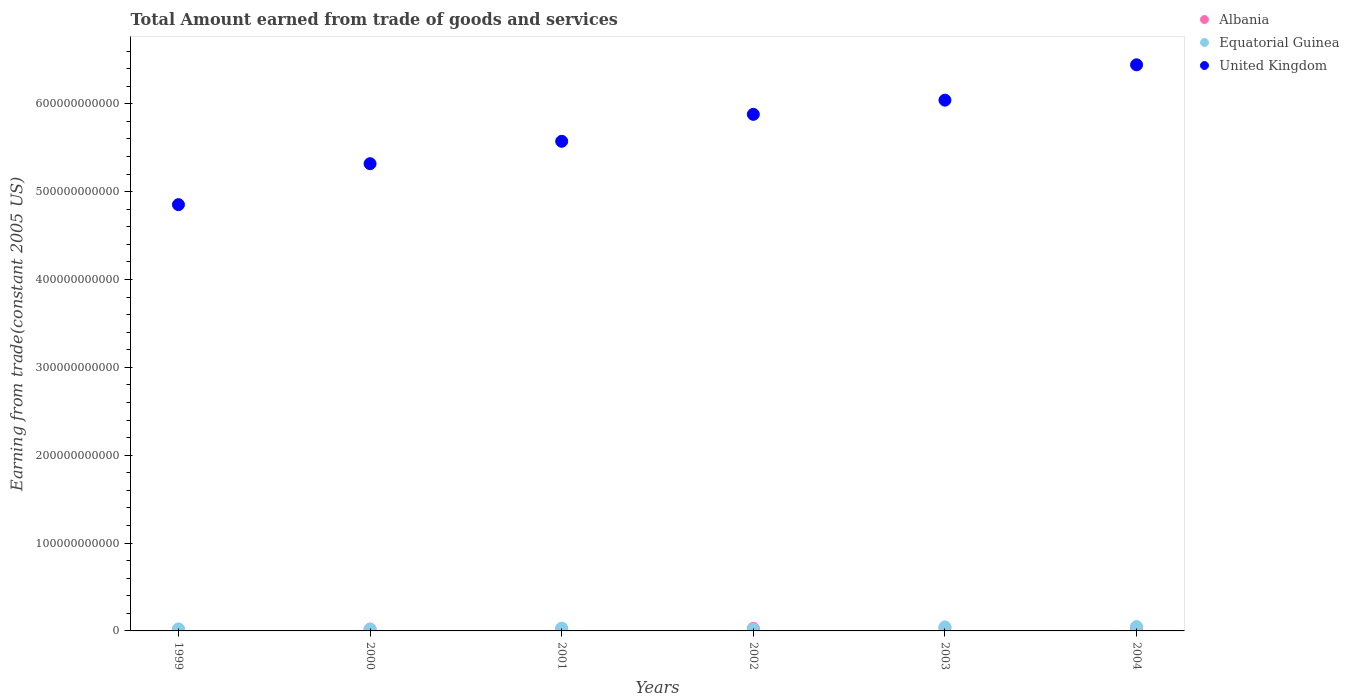
| Years | Albania | Equatorial Guinea | United Kingdom |
 | --- | --- | --- | --- |
 | 1999 | 1.61e+09 | 2.26e+09 | 4.85e+11 |
 | 2000 | 2.09e+09 | 1.82e+09 | 5.32e+11 |
 | 2001 | 2.28e+09 | 3.14e+09 | 5.57e+11 |
 | 2002 | 2.83e+09 | 1.99e+09 | 5.88e+11 |
 | 2003 | 3.19e+09 | 4.59e+09 | 6.04e+11 |
 | 2004 | 3.4e+09 | 4.93e+09 | 6.44e+11 |